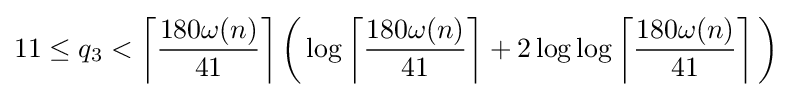
11\leq q_{3}<\left\lceil {\frac {180\omega (n)}{41}}\right\rceil {\biggl (}\log \left\lceil {\frac {180\omega (n)}{41}}\right\rceil +2\log \log \left\lceil {\frac {180\omega (n)}{41}}\right\rceil {\biggr )}